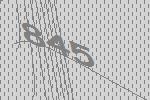
845